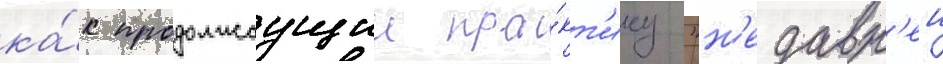
ка́к продолжаущии пра́кт'ику "н'едавн'еи